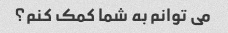
می توانم به شما کمک کنم؟